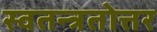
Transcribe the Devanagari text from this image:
स्वतन्त्रतोत्तर